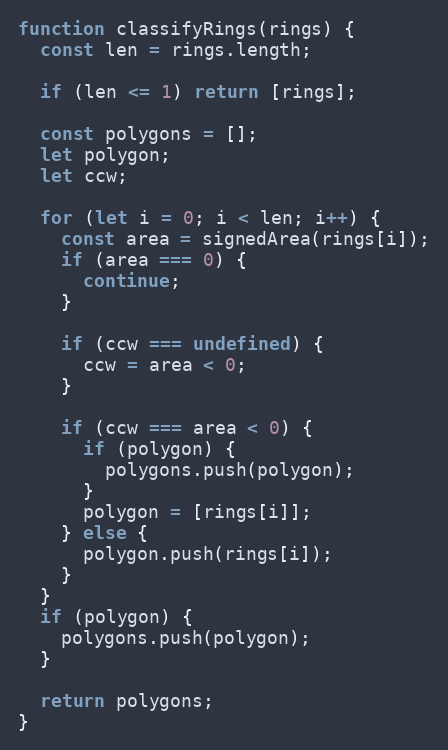
Language: JavaScript
function classifyRings(rings) {
  const len = rings.length;

  if (len <= 1) return [rings];

  const polygons = [];
  let polygon;
  let ccw;

  for (let i = 0; i < len; i++) {
    const area = signedArea(rings[i]);
    if (area === 0) {
      continue;
    }

    if (ccw === undefined) {
      ccw = area < 0;
    }

    if (ccw === area < 0) {
      if (polygon) {
        polygons.push(polygon);
      }
      polygon = [rings[i]];
    } else {
      polygon.push(rings[i]);
    }
  }
  if (polygon) {
    polygons.push(polygon);
  }

  return polygons;
}